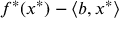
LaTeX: f ^ { * } ( x ^ { * } ) - \langle b , x ^ { * } \rangle